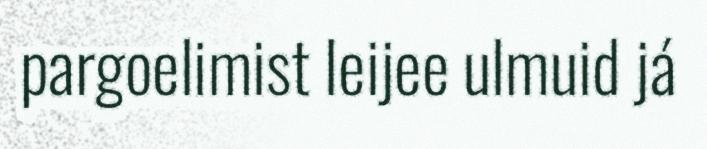
pargoelimist leijee ulmuid já